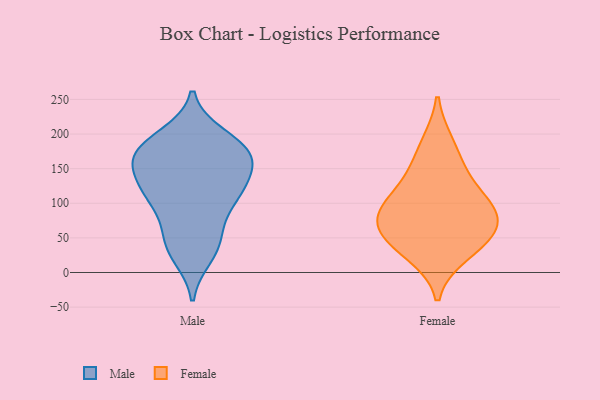
{"axis": {"x": "Satisfaction Score", "y": "Value"}, "legend": ["Female", "Male"], "data": [{"x": "", "y": 170, "type": "Male"}, {"x": "", "y": 59, "type": "Male"}, {"x": "", "y": 24, "type": "Male"}, {"x": "", "y": 126, "type": "Male"}, {"x": "", "y": 47, "type": "Male"}, {"x": "", "y": 113, "type": "Male"}, {"x": "", "y": 110, "type": "Male"}, {"x": "", "y": 163, "type": "Male"}, {"x": "", "y": 177, "type": "Male"}, {"x": "", "y": 96, "type": "Male"}, {"x": "", "y": 197, "type": "Male"}, {"x": "", "y": 34, "type": "Male"}, {"x": "", "y": 134, "type": "Male"}, {"x": "", "y": 114, "type": "Male"}, {"x": "", "y": 168, "type": "Male"}, {"x": "", "y": 193, "type": "Male"}, {"x": "", "y": 169, "type": "Male"}, {"x": "", "y": 161, "type": "Male"}, {"x": "", "y": 50, "type": "Female"}, {"x": "", "y": 83, "type": "Female"}, {"x": "", "y": 148, "type": "Female"}, {"x": "", "y": 187, "type": "Female"}, {"x": "", "y": 89, "type": "Female"}, {"x": "", "y": 123, "type": "Female"}, {"x": "", "y": 26, "type": "Female"}, {"x": "", "y": 44, "type": "Female"}, {"x": "", "y": 70, "type": "Female"}, {"x": "", "y": 92, "type": "Female"}]}